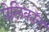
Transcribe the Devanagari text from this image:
पेलिकॉन